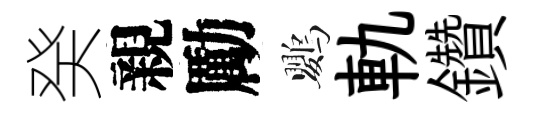
癸親勵鸚軌鑽